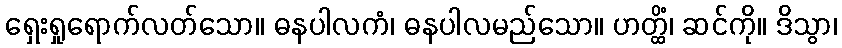
ရှေးရှုရောက်လတ်သော။ ဓနပါလကံ၊ ဓနပါလမည်သော။ ဟတ္ထိံ၊ ဆင်ကို။ ဒိသွာ၊